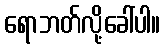
ရောဘတ်လို့ခေါ်ပါ။